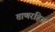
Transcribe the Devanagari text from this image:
ताणरहित